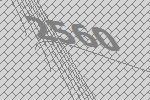
2560